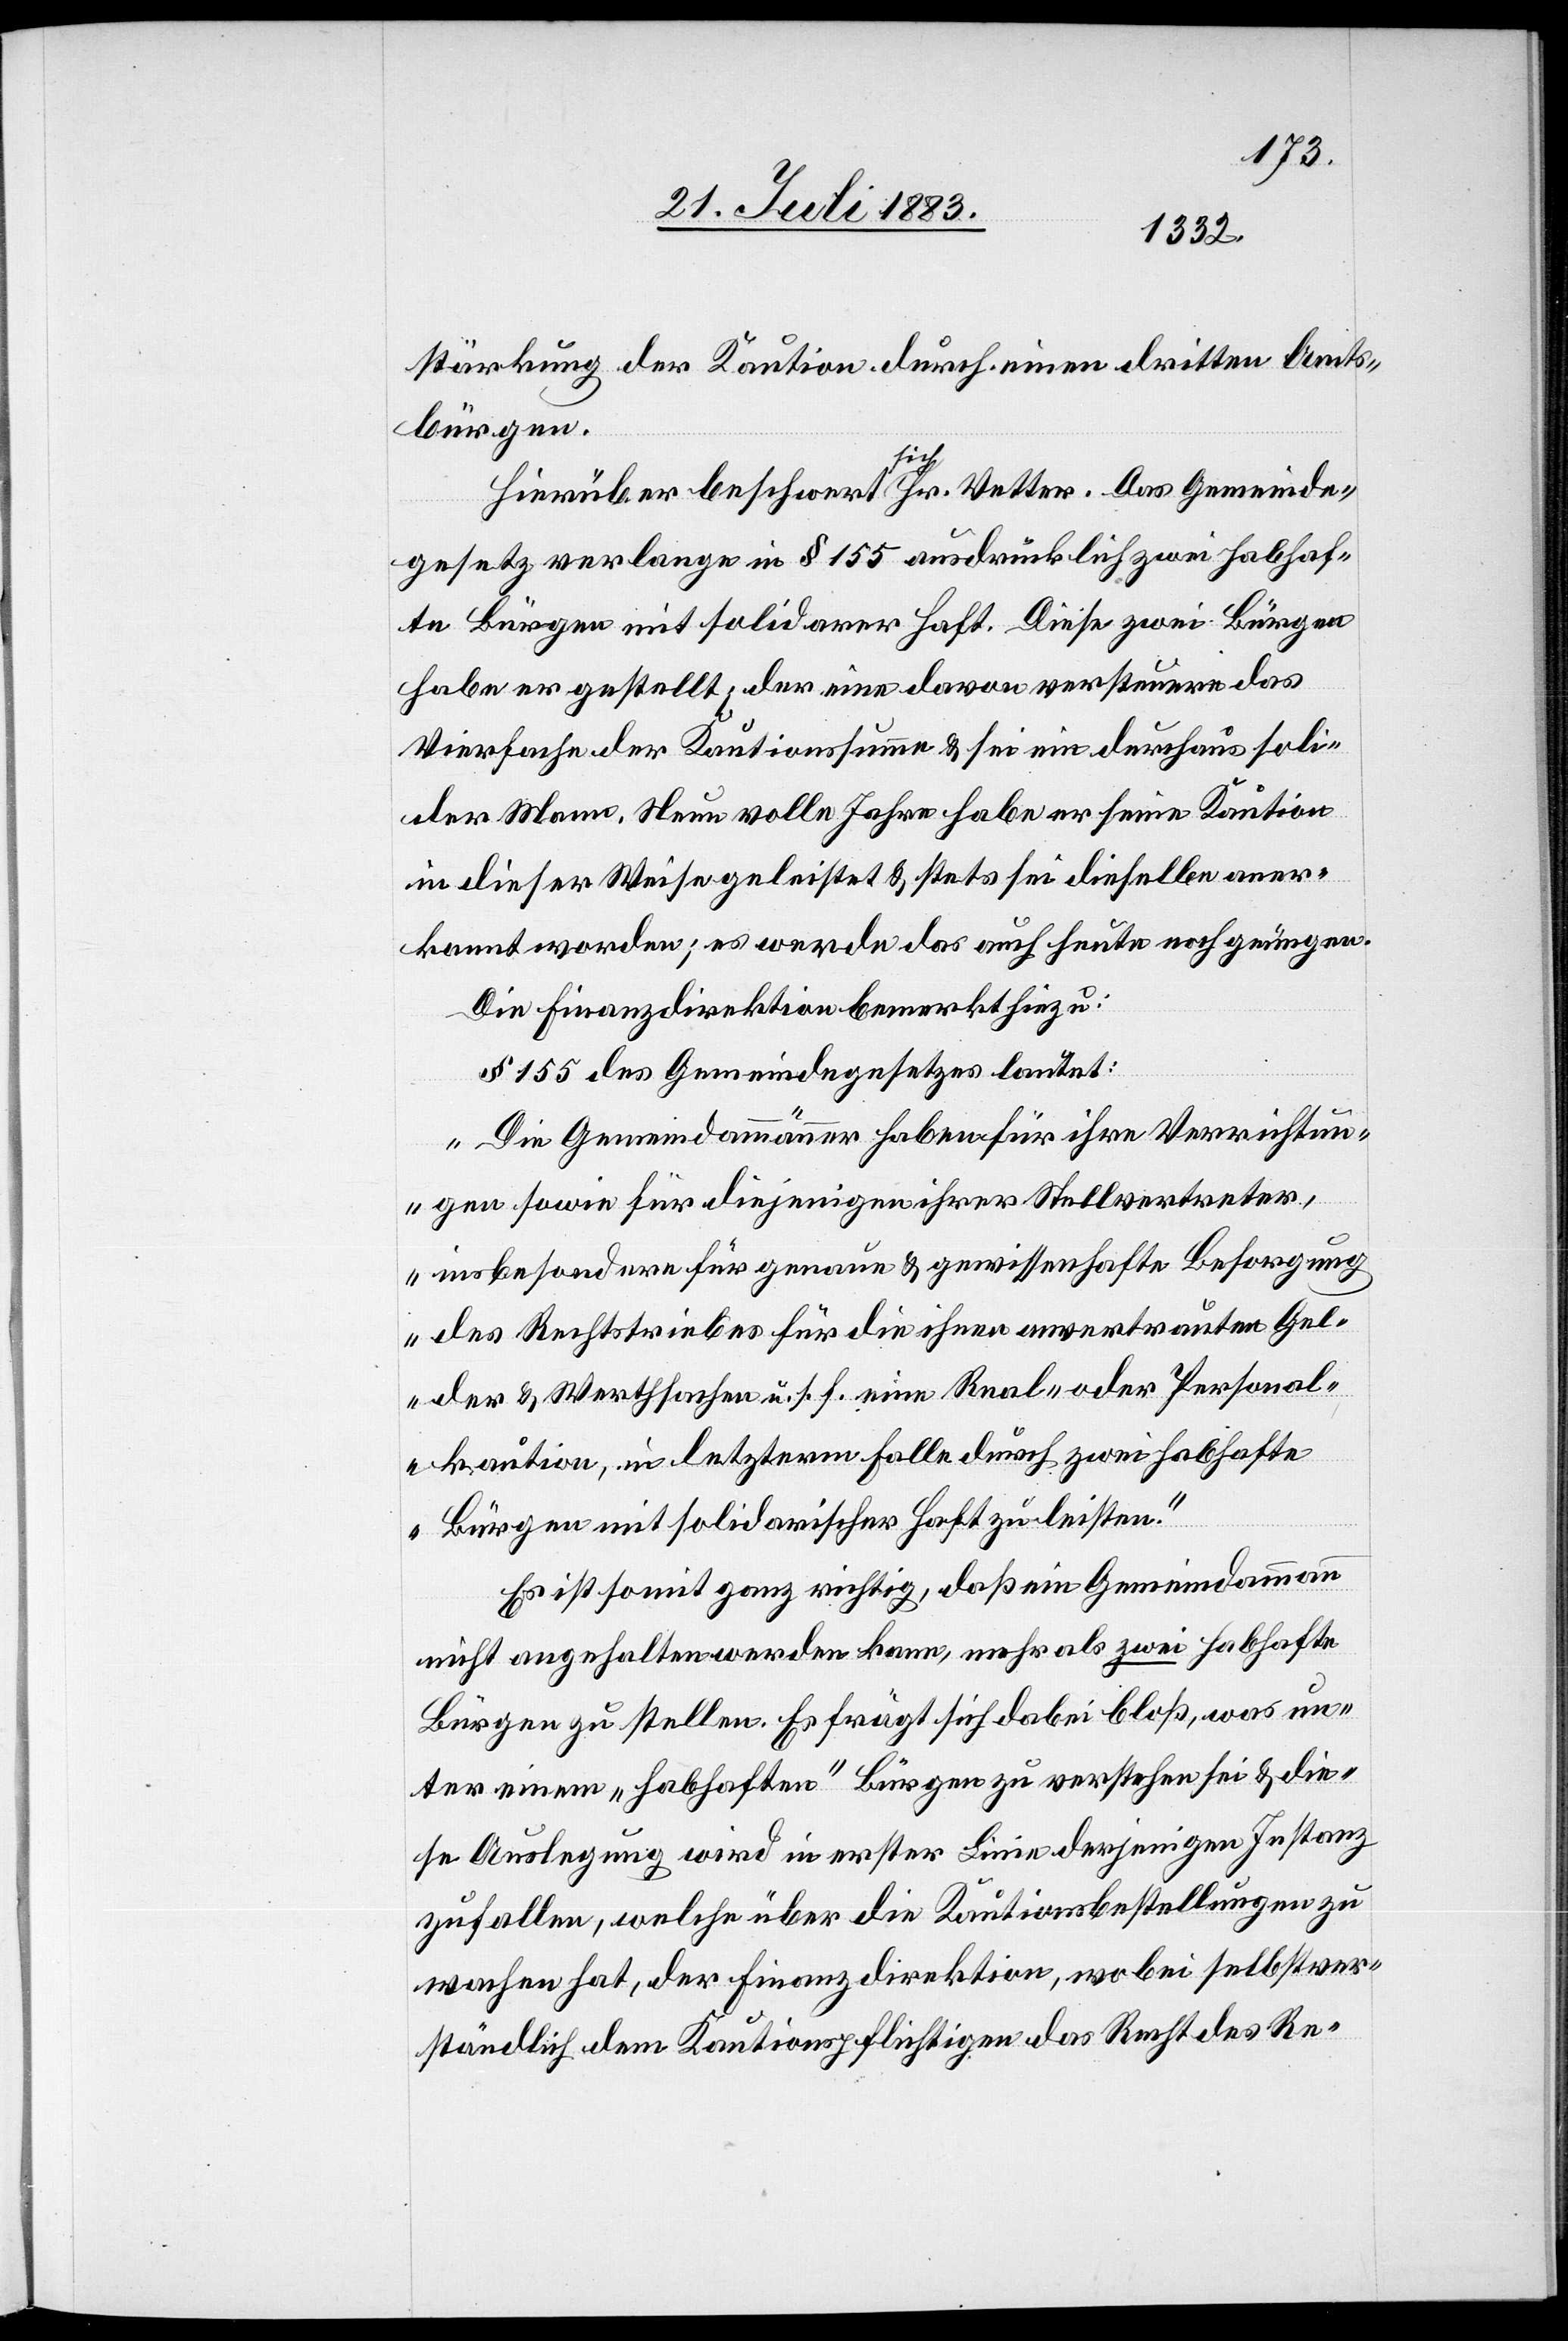
stärkung der Kaution durch einen dritten Amts¬
bürgen.
Hierüber beschwert sich Hr. Vetter. Das Gemeinde¬
gesetz verlange in § 155 ausdrücklich zwei habhaf¬
te Bürgen mit solidarer Haft. Diese zwei Bürgen
habe er gestellt; der eine davon versteuere das
Vierfache der Kautionssumme & sei ein durchaus soli¬
der Mann. Neun volle Jahre habe er seine Kaution
in dieser Weise geleistet & stets sei dieselbe aner¬
kannt worden; es werde das auch heute noch genügen.
Die Finanzdirektion bemerkt hiezu:
§ 155 des Gemeindegesetzes lautet:
„Die Gemeindammänner haben für ihre Verrichtun¬
gen sowie für diejenigen ihrer Stellvertreter,
insbesondere für genaue & gewissenhafte Besorgung
des Rechtstriebes für die ihnen anvertrauten Gel¬
der & Werthsachen u. s. f. eine Real- oder Personal¬
kaution, in letzterm Falle durch zwei habhafte
Bürgen mit solidarischer Haft zu leisten.“
Es ist somit ganz richtig, daß ein Gemeindammann
nicht angehalten werden kann, mehr als zwei habhafte
Bürgen zu stellen. Es frägt sich dabei bloß, was un¬
ter einem „habhaften“ Bürgen zu verstehen sei & die¬
se Auslegung wird in erster Linie derjenigen Instanz
zufallen, welche über die Kautionsbestellungen zu
wachen hat, der Finanzdirektion, wobei selbstver¬
ständlich dem Kautionspflichtigen der Recht des Re-